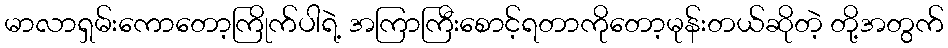
မာလာရှမ်းကောတော့ကြိုက်ပါရဲ့ အကြာကြီးစောင့်ရတာကိုတော့မုန်းတယ်ဆိုတဲ့ တို့အတွက်